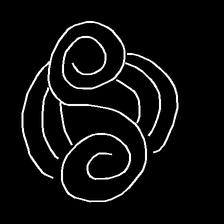
Glyph: wind-underfoot